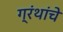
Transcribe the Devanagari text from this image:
ग्रंंथांचे